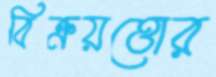
বিক্রয়ত্তোর